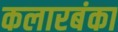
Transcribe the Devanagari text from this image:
कलारबंका